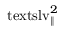
\ensuremath { \mathrm { \ t e x t s l { v } } _ { \parallel } } ^ { 2 }